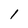
Character: I